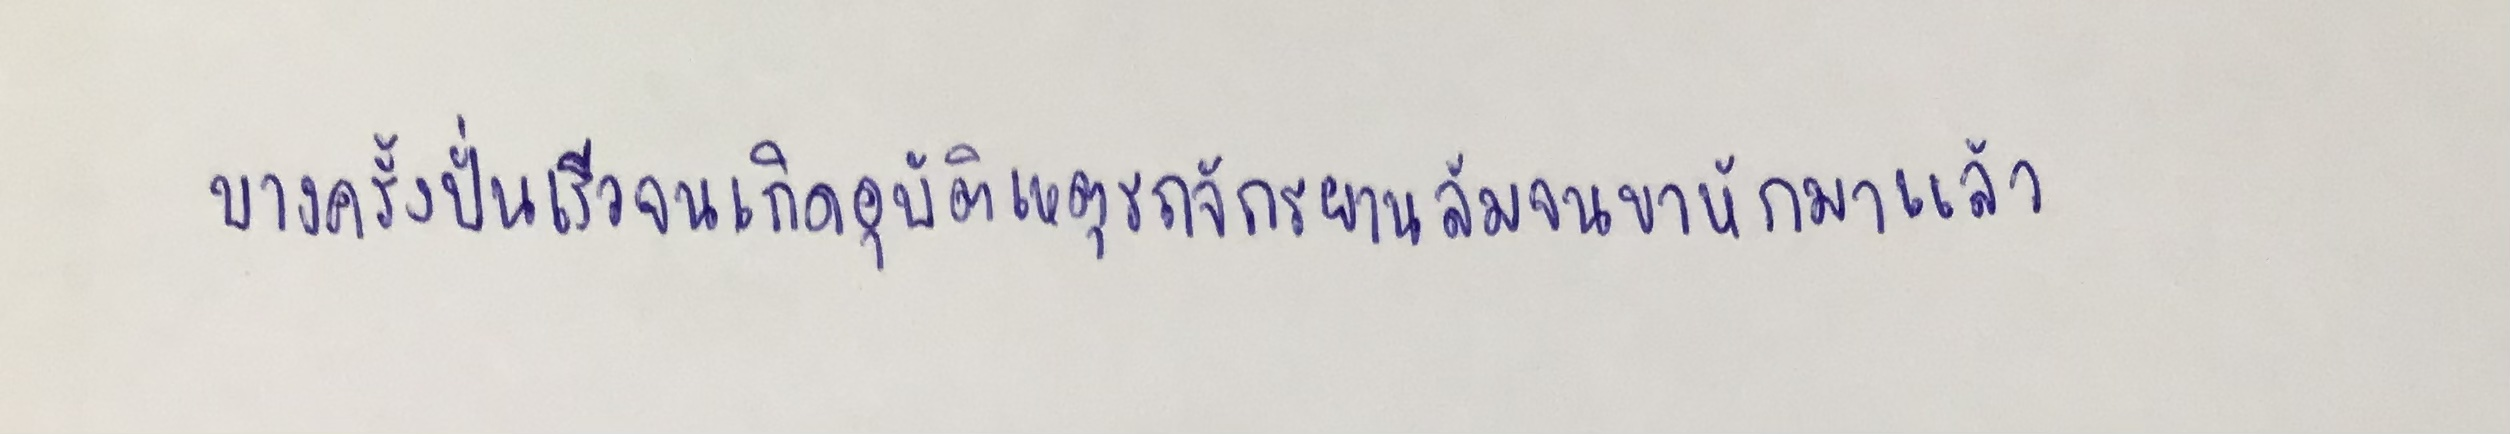
บางครั้งปั่นเร็วจนเกิดอุบัติเหตุรถจักรยานล้มจนขาหักมาแล้ว